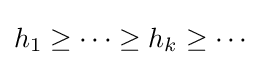
h_{1}\geq \cdots \geq h_{k}\geq \cdots